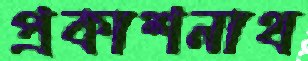
প্রকাশনাথ